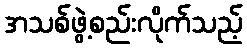
အသစ်ဖွဲ့စည်းလိုက်သည့်